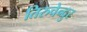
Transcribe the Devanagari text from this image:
तिरुचेन्दुर